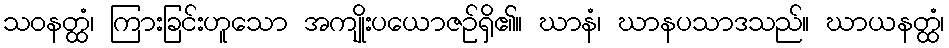
သဝနတ္ထံ၊ ကြားခြင်းဟူသော အကျိုးပယောဇဉ်ရှိ၏။ ဃာနံ၊ ဃာနပသာဒသည်။ ဃာယနတ္ထံ၊